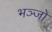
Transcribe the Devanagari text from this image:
भञ्जो